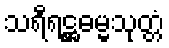
သရီရဋ္ဌဓမ္မသုတ္တံ